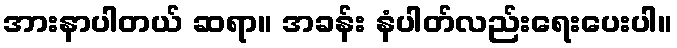
အားနာပါတယ် ဆရာ။ အခန်း နံပါတ်လည်းရေးပေးပါ။